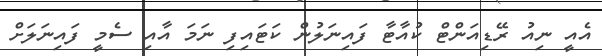
އެއީ ނިއު ރޭޑިއަންޓް ކުއާޓާ ފައިނަލުން ކަޓައިފި ނަމަ އާއި ސެމީ ފައިނަލަށް